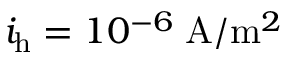
i _ { \mathrm { h } } = 1 0 ^ { - 6 } \; \mathrm { A } / \mathrm { m } ^ { 2 }